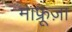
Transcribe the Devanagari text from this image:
माफ्रूज़ा